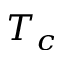
T _ { c }